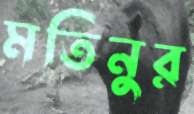
মতিনুর